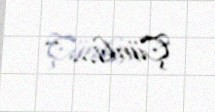
Çünki... ..